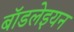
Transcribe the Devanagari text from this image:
बॉडलेइयन